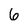
Character: 6